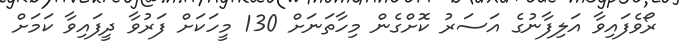
ރޯވެފައިވާ އަލިފާނުގެ އަސަރު ކޮށްގެން މިހާތަނަށް 130 މީހަކަށް ފަރުވާ ދީފައިވާ ކަމަށް